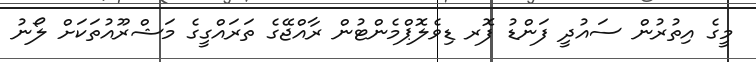
މީގެ އިތުރުން ސައުދީ ފަންޑު ފޮރ ޑިވެލޮޕްމެންޓުން ރާއްޖޭގެ ތަރައްގީގެ މަޝްރޫއުތަކަށް ލޯނު